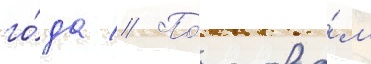
го́да // По́ слова́м